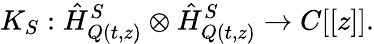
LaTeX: K_{S}:\hat{H}_{Q(t,z)}^{S}\otimes\hat{H}_{Q(t,z)}^{S}\rightarrow C[[z]].